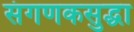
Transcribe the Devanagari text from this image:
संगणकसुद्धा